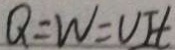
Q = W = U I t